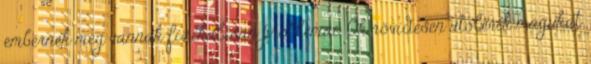
embernek még vannak fizikálisan problémái. Ők rövidesen utolérik magukat